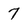
Character: 7